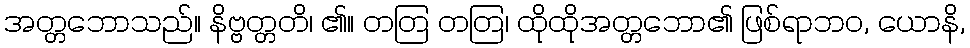
အတ္တဘောသည်။ နိဗ္ဗတ္တတိ၊ ၏။ တတြ တတြ၊ ထိုထိုအတ္တဘော၏ ဖြစ်ရာဘဝ, ယောနိ,